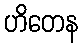
ဟိတေန